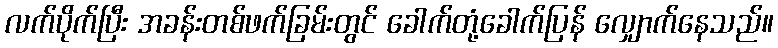
လက်ပိုက်ပြီး အခန်းတစ်ဖက်ခြမ်းတွင် ခေါက်တုံ့ခေါက်ပြန် လျှောက်နေသည်။